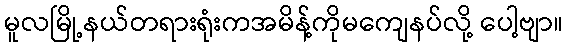
မူလမြို့နယ်တရားရုံးကအမိန့်ကိုမကျေနပ်လို့ ပေါ့ဗျာ။